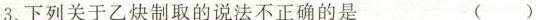
3.下列关于乙炔制取的说法不正确的是 ()